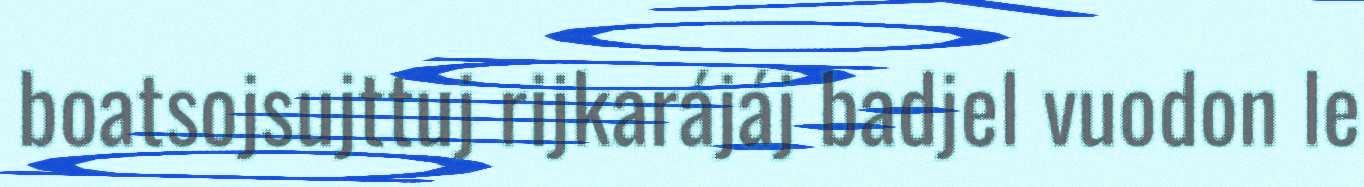
boatsojsujttuj rijkarájáj badjel vuodon le